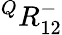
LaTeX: {}^{Q}{R}_{1{2}}^{-}